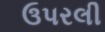
ઉપરલી